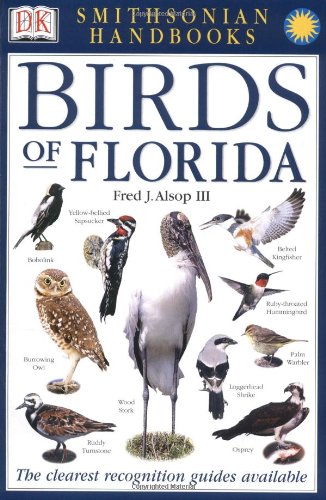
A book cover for Smithsonian Handbooks: Birds of Florida (Smithsonian Handbooks); DK Publishing; Science & Math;